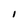
Character: I